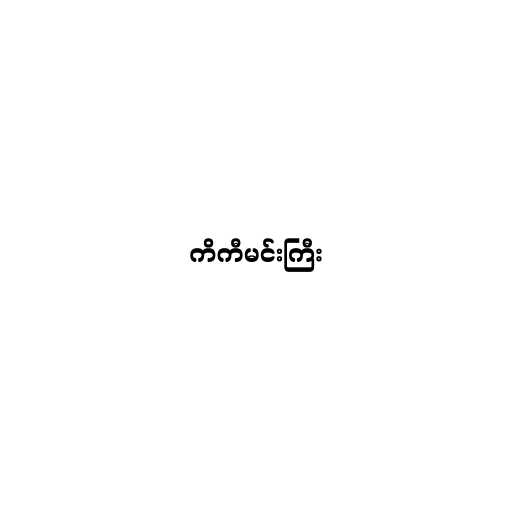
ကိကီမင်းကြီး